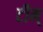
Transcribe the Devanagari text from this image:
टीम्